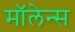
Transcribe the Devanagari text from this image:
मॉलेन्स